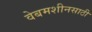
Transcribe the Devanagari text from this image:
वेबमशीनसाठी